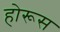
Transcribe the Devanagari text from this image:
होरूस